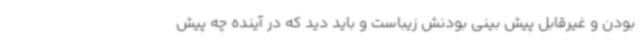
بودن و غیرقابل پیش بینی بودنش زیباست و باید دید که در آینده چه پیش